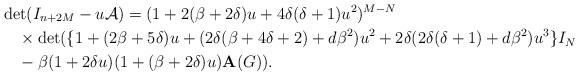
LaTeX: \begin{align*}& \det (I_{n+2M} -u {\cal A} )=(1+2( \beta +2 \delta )u+4 \delta ( \delta +1) u^2 )^{M-N} \\ & \ \ \ \times \det ( \{ 1+(2 \beta +5 \delta )u+(2 \delta ( \beta +4 \delta +2)+d \beta {}^2 ) u^2 +2 \delta (2 \delta ( \delta +1)+d \beta {}^2 ) u^3 \} I_N \\& \ \ \ - \beta (1+2 \delta u)(1+( \beta +2 \delta )u) {\bf A} (G) ) . \end{align*}